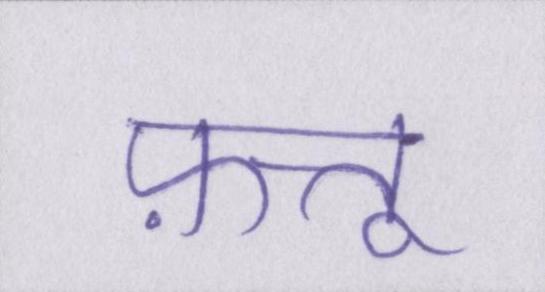
फ़त्तू